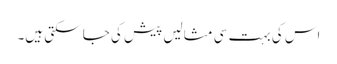
اس کی بہت سی مثالیں پیش کی جا سکتی ہیں۔